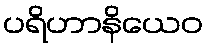
ပရိဟာနိယေဝ